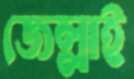
জেল্লাই